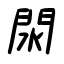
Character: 閖